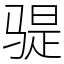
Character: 𫘨